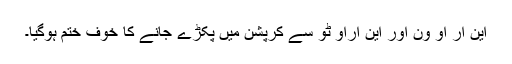
این آر او ون اور این آراو ٹو سے کرپشن میں پکڑے جانے کا خوف ختم ہوگیا۔